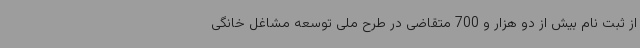
از ثبت نام بیش از دو هزار و 700 متقاضی در طرح ملی توسعه مشاغل خانگی